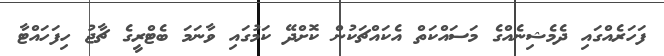
ފަހަރެއްގައި ދެމެޝިނެއްގެ މަސައްކަތް އެކައްޗަކުން ކޮށްދޭ ކަމުގައި ވާނަމަ ބެޓްރީގެ ޗާޖު ހިފަހައްޓާ